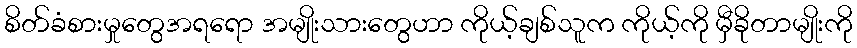
စိတ်ခံစားမှုတွေအရရော အမျိုးသားတွေဟာ ကိုယ့်ချစ်သူက ကိုယ့်ကို မှီခိုတာမျိုးကို